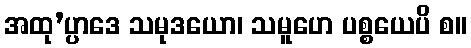
အထု’ပ္ပာဒေ သမုဒယော၊ သမူဟေ ပစ္စယေပိ စ။